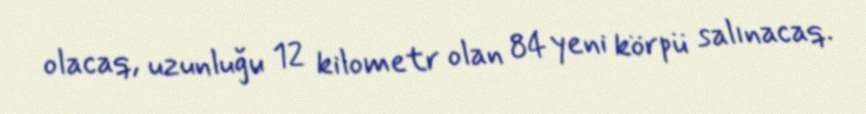
olacaq, uzunluğu 12 kilometr olan 84 yeni körpü salınacaq.